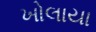
ખોલાયા